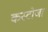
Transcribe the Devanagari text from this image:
कस्टोजा